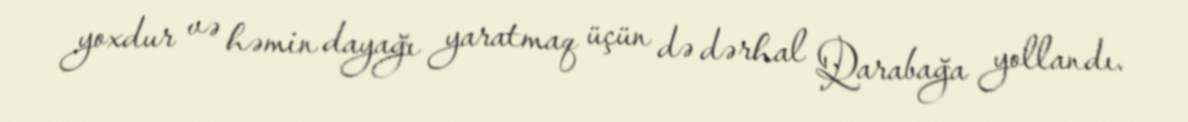
yoxdur və həmin dayağı yaratmaq üçün də dərhal Qarabağa yollandı.